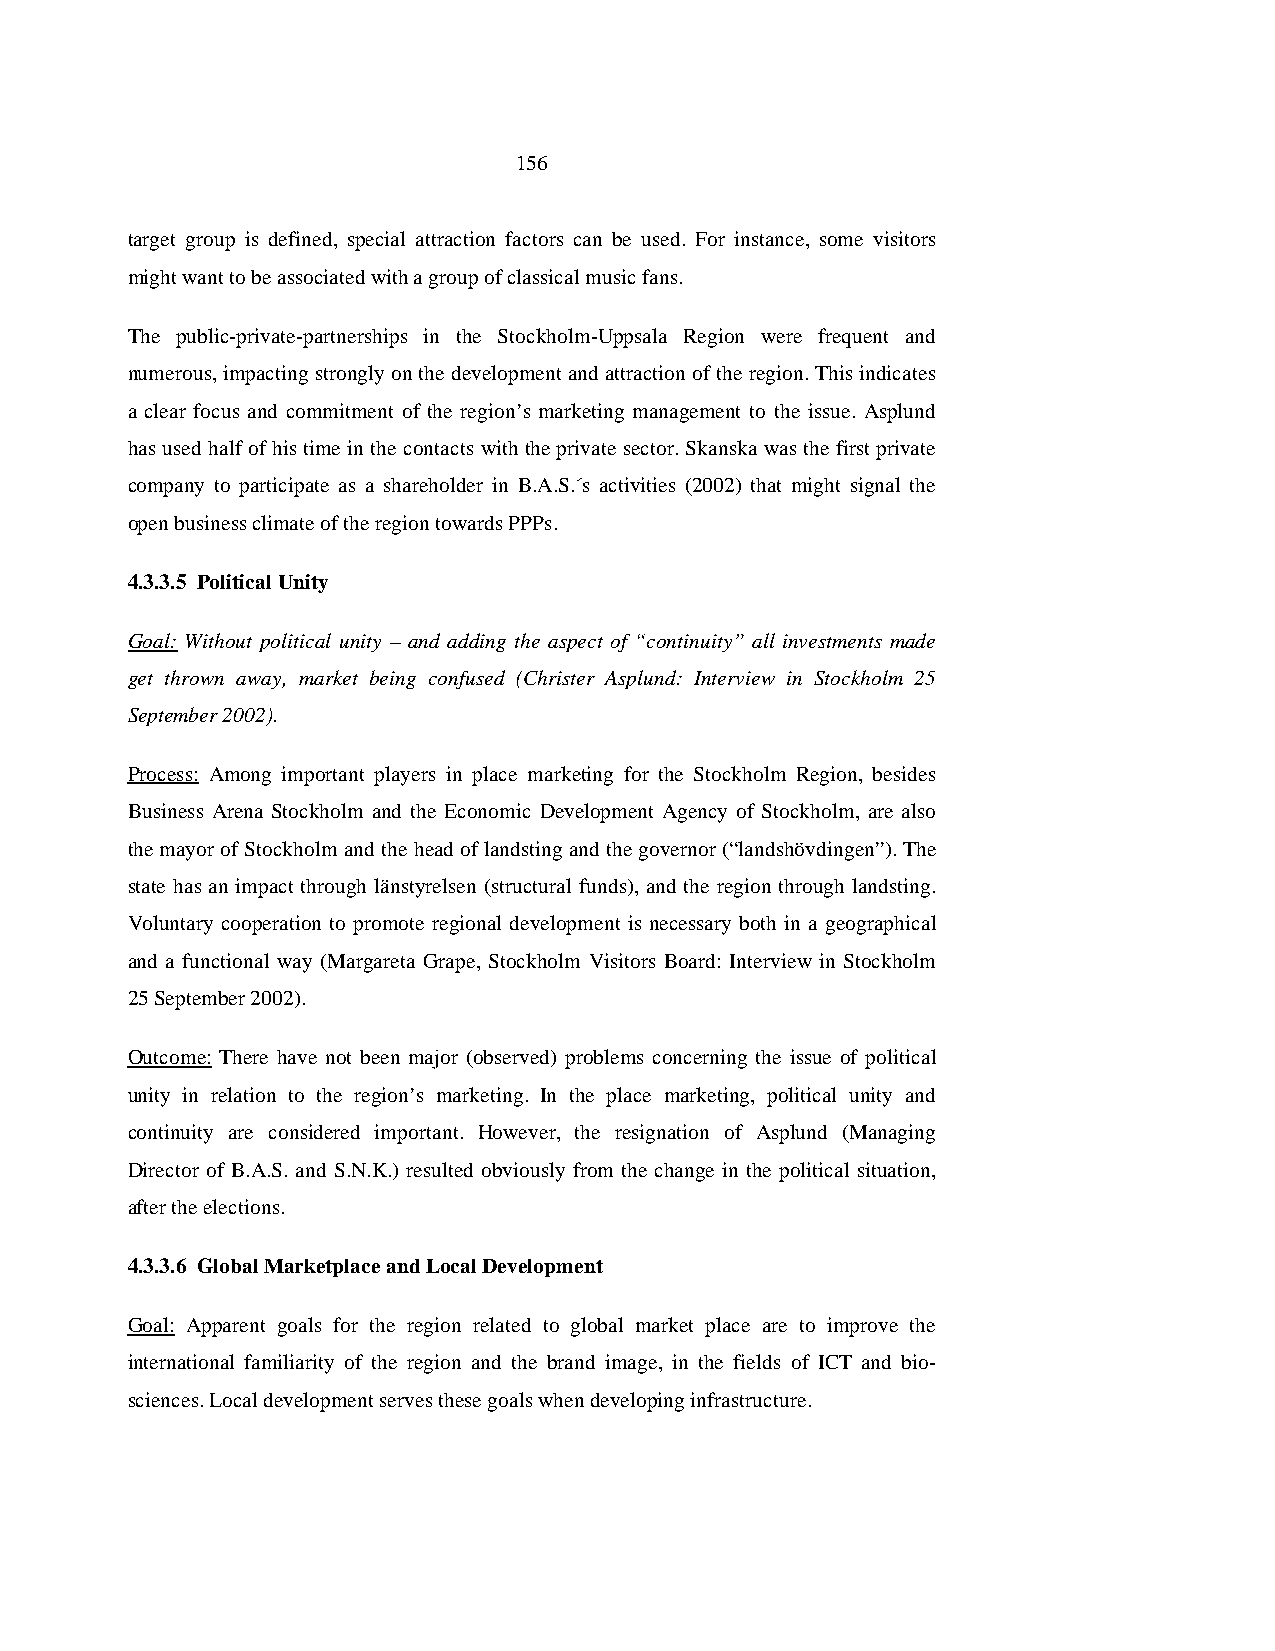
156
 target group is defined, special attraction factors can be used. For instance, some visitors
 might want to be associated with a group of classical music fans.
 The public-private-partnerships in the Stockholm-Uppsala Region were frequent and
 numerous, impacting strongly on the development and attraction of the region. This indicates
 a clear focus and commitment of the region’s marketing management to the issue. Asplund
 has used half of his time in the contacts with the private sector. Skanska was the first private
 company to participate as a shareholder in B.A.S.´s activities (2002) that might signal the
 open business climate of the region towards PPPs.
 4.3.3.5 Political Unity
 Goal: Without political unity – and adding the aspect of “continuity” all investments made
 get thrown away, market being confused (Christer Asplund: Interview in Stockholm 25
 September 2002).
 Process: Among important players in place marketing for the Stockholm Region, besides
 Business Arena Stockholm and the Economic Development Agency of Stockholm, are also
 the mayor of Stockholm and the head of landsting and the governor (“landshövdingen”). The
 state has an impact through länstyrelsen (structural funds), and the region through landsting.
 Voluntary cooperation to promote regional development is necessary both in a geographical
 and a functional way (Margareta Grape, Stockholm Visitors Board: Interview in Stockholm
 25 September 2002).
 Outcome: There have not been major (observed) problems concerning the issue of political
 unity in relation to the region’s marketing. In the place marketing, political unity and
 continuity are considered important. However, the resignation of Asplund (Managing
 Director of B.A.S. and S.N.K.) resulted obviously from the change in the political situation,
 after the elections.
 4.3.3.6 Global Marketplace and Local Development
 Goal: Apparent goals for the region related to global market place are to improve the
 international familiarity of the region and the brand image, in the fields of ICT and bio-
 sciences. Local development serves these goals when developing infrastructure.